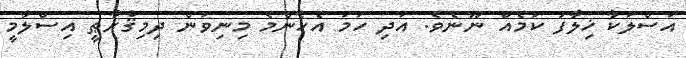
އަސްލަކާ ޚިލާފު ކަމެއް ނޫނެވެ. އަދި ހަމަ އެހެންމެ މިނިވަން ދިމިޤްރާޠީ އިސްލާމީ